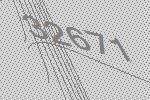
32671